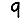
Digit: 9